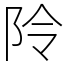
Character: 阾